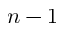
n - 1